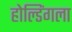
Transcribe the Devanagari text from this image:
होल्डिंगला